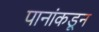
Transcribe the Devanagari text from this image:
पानांकडून